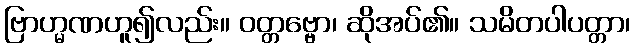
ဗြာဟ္မဏဟူ၍လည်း။ ဝတ္တဗ္ဗော၊ ဆိုအပ်၏။ သမိတပါပတ္တာ၊